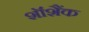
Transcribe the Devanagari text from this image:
शॉशैंक